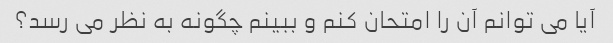
آیا می توانم آن را امتحان کنم و ببینم چگونه به نظر می رسد؟